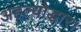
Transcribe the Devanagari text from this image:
अहल्योद्धार।